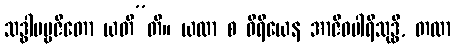
သဒ္ဓါပဗ္ဗဇိတော ယတီ”တိ။ ယထာ စ ဝီရိယေန အာဇီဝပါရိသုဒ္ဓိ, တထာ